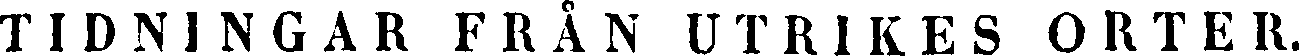
TIDNINGAR FRÅN UTRIKES ORTER.